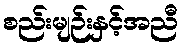
စည်းမျဉ်းနှင့်အညီ